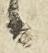
候